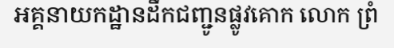
អគ្គនាយកដ្ឋានដឹកជញ្ជូនផ្លូវគោក លោក ព្រំ